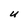
Character: U